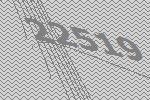
22519